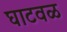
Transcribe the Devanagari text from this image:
घाटवळ